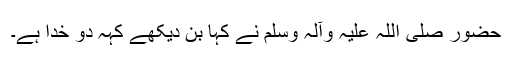
حضور صلی اللہ علیہ وآلہ وسلم نے کہا بن دیکھے کہہ دو خدا ہے۔